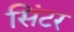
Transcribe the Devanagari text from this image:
सिंटर